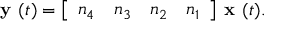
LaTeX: { \textbf { y } } ( t ) = { \left[ \begin{array} { l l l l } { n _ { 4 } } & { n _ { 3 } } & { n _ { 2 } } & { n _ { 1 } } \end{array} \right] } { \textbf { x } } ( t ) .